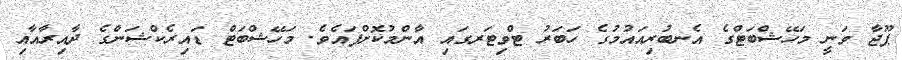
ޕޫޖާ ވަނީ މަހޭޝްބަޓްގެ އެނބުރިއައުމުގެ ހަބަރު ޓްވިޓަރގައި އާންމުކޮށްފައެވެ. މަހޭޝްބަޓް ޑައިރެކްޝަންގެ ދާއިރާއާއި